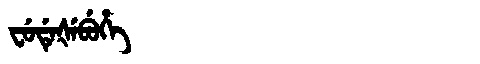
Manchu: ᠸᡠᡩᡝᡧᡝᠪᡠᡥᡝ
Romanization: FUDEŠEBUHE